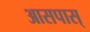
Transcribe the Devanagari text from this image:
आसपास्